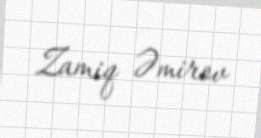
Zamiq Əmirov